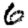
Digit: 6